Indian journal of veterinary science and animal husbandry - Volume 5,
Year: 1935
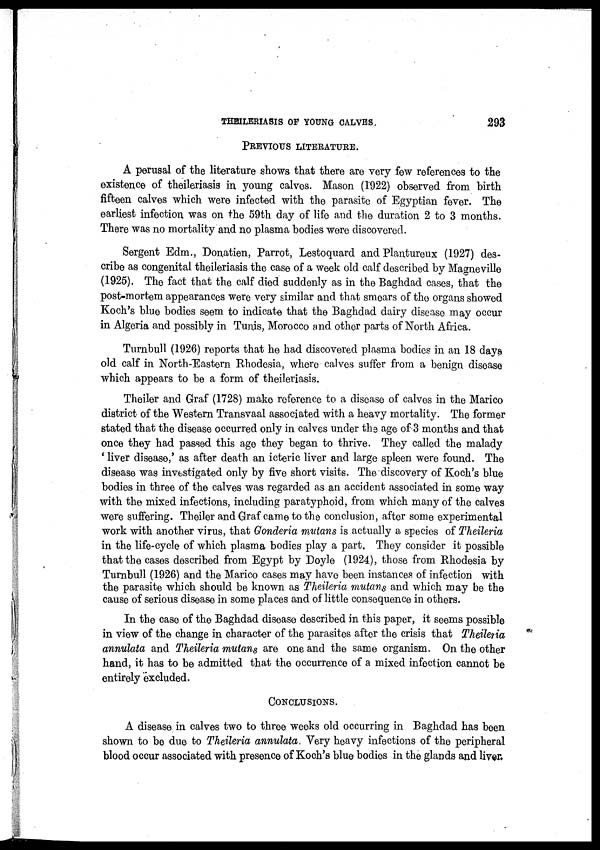
THEILERIASIS OF YOUNG CALVES.
293
PREVIOUS LITERATURE.
A perusal of the literature shows that there are very few references to the
existence of theileriasis in young calves. Mason (1922) observed from birth
fifteen calves which were infected with the parasite of Egyptian fever. The
earliest infection was on the 59th day of life and the duration 2 to 3 months.
There was no mortality and no plasma bodies were discovered.
Sergent Edm., Donatien, Parrot, Lestoquard and Plantureux (1927) des-
cribe as congenital theileriasis the case of a week old calf described by Magneville
(1925). The fact that the calf died suddenly as in the Baghdad cases, that the
post-mortem appearances were very similar and that smears of the organs showed
Koch's blue bodies seem to indicate that the Baghdad dairy disease may occur
in Algeria and possibly in Tunis, Morocco and other parts of North Africa.
Turnbull (1926) reports that he had discovered plasma bodies in an 18 days
old calf in North-Eastern Rhodesia, where calves suffer from a benign disease
which appears to be a form of theileriasis.
Theiler and Graf (1728) make reference to a disease of calves in the Marico
district of the Western Transvaal associated with a heavy mortality. The former
stated that the disease occurred only in calves under the age of 3 months and that
once they had passed this age they began to thrive. They called the malady
' liver disease,' as after death an icteric liver and large spleen were found. The
disease was investigated only by five short visits. The discovery of Koch's blue
bodies in three of the calves was regarded as an accident associated in some way
with the mixed infections, including paratyphoid, from which many of the calves
were suffering. Theiler and Graf came to the conclusion, after some experimental
work with another virus, that Gonderia mutans is actually a species of Theileria
in the life-cycle of which plasma bodies play a part. They consider it possible
that the cases described from Egypt by Doyle (1924), those from Rhodesia by
Turnbull (1926) and the Marico cases may have been instances of infection with
the parasite which should be known as Theileria mutans and which may be the
cause of serious disease in some places and of little consequence in others.
In the case of the Baghdad disease described in this paper, it seems possible
in view of the change in character of the parasites after the crisis that Theileria
annulata and Theileria mutans are one and the same organism. On the other
hand, it has to be admitted that the occurrence of a mixed infection cannot be
entirely excluded.
CONCLUSIONS.
A disease in calves two to three weeks old occurring in Baghdad has been
shown to be due to Theileria annulata. Very heavy infections of the peripheral
blood occur associated with presence of Koch's blue bodies in the glands and liver.